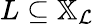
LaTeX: L\subseteq\mathbb X_{\mathcal{L}}